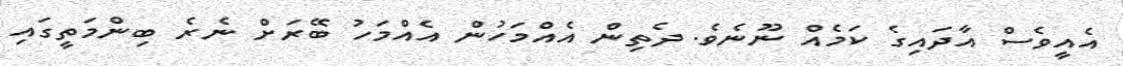
އެއީވެސް އާދައިގެ ކަމެއް ނޫނެވެ. ދެތިން އެއްމަހުން އެއްމަހު ބޭރަށް ނެރެ ބިންމަތީގައި